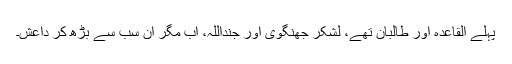
پہلے القاعدہ اور طالبان تھے، لشکرِ جھنگوی اور جنداللہ، اب مگر ان سب سے بڑھ کر داعش۔